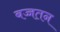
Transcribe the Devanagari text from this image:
बच्चतन